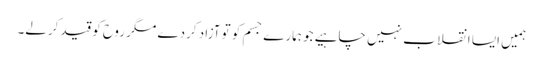
ہمیں ایسا انقلا ب نہیں چاہیے جو ہمارے جسم کو تو آزاد کردے مگر روح کو قید کرلے۔